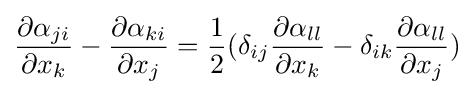
{\frac {\partial \alpha _{ji}}{\partial x_{k}}}-{\frac {\partial \alpha _{ki}}{\partial x_{j}}}={\frac {1}{2}}(\delta _{ij}{\frac {\partial \alpha _{ll}}{\partial x_{k}}}-\delta _{ik}{\frac {\partial \alpha _{ll}}{\partial x_{j}}})